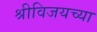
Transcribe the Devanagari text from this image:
श्रीविजयच्या